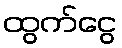
ထွက်ငွေ